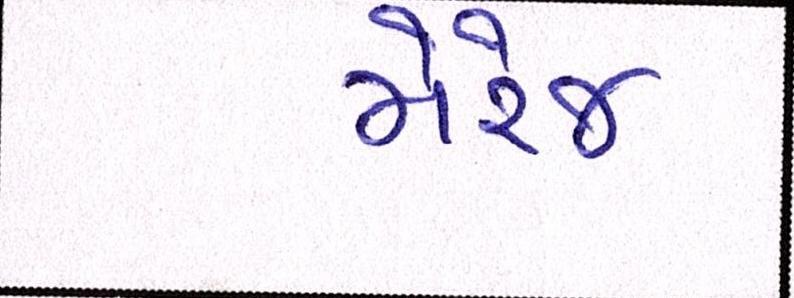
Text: મેરેજ